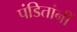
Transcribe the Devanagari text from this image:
पंडितांनीं